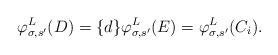
LaTeX: \begin{align*}\varphi^L_{\sigma, s'}(D) = \{d\} \varphi^L_{\sigma, s'}(E) = \varphi^L_{\sigma, s'}(C_i).\end{align*}